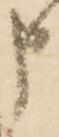
申